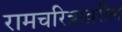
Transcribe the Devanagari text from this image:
रामचरित्राव्ररील